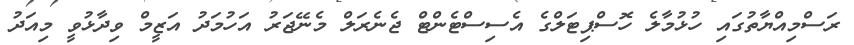
ރަސްމިއްޔާތުގައި ހުޅުމާލެ ހޮސްޕިޓަލްގެ އެސިސްޓެންޓް ޖެނެރަލް މެނޭޖަރު އަހުމަދު އަޒީމް ވިދާޅުވީ މިއަދު